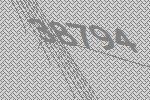
38794